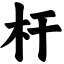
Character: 杆